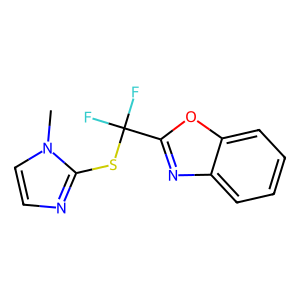
SMILES: Cn1ccnc1SC(F)(F)c1nc2ccccc2o1
Inhibits HIV replication: No